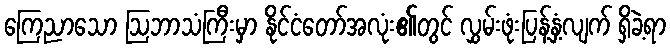
ကြေညာသော ဩဘာသံကြီးမှာ နိုင်ငံတော်အလုံး၏တွင် လွှမ်းဖုံးပြန့်နှံ့လျက် ရှိခဲ့ရာ